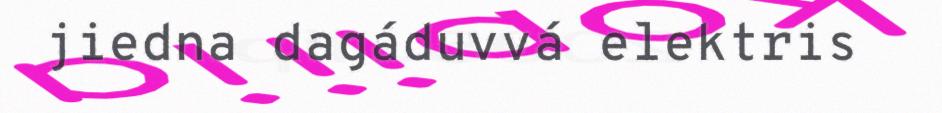
jiedna dagáduvvá elektris